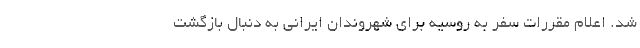
شد. اعلام مقررات سفر به روسیه برای شهروندان ایرانی به دنبال بازگشت